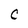
Character: C